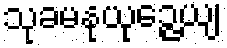
သုခမနုယုဉ္ဇေယျ